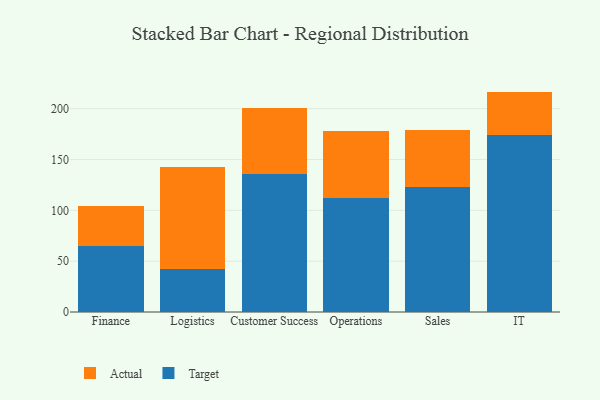
{"axis": {"x": "Department", "y": "Page Views"}, "legend": ["Actual", "Target"], "data": [{"x": "Finance", "y": 65.2, "type": "Target"}, {"x": "Finance", "y": 38.8, "type": "Actual"}, {"x": "Logistics", "y": 42.5, "type": "Target"}, {"x": "Logistics", "y": 100.5, "type": "Actual"}, {"x": "Customer Success", "y": 136.1, "type": "Target"}, {"x": "Customer Success", "y": 64.3, "type": "Actual"}, {"x": "Operations", "y": 112.1, "type": "Target"}, {"x": "Operations", "y": 66.0, "type": "Actual"}, {"x": "Sales", "y": 122.9, "type": "Target"}, {"x": "Sales", "y": 56.5, "type": "Actual"}, {"x": "IT", "y": 174.5, "type": "Target"}, {"x": "IT", "y": 42.3, "type": "Actual"}]}